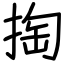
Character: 掏